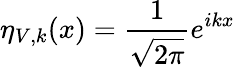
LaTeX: \eta_{V,k}(x)=\frac{1}{\sqrt{2\pi}}e^{ikx}